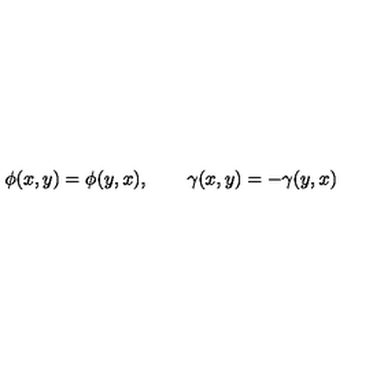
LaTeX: \phi ( x , y ) = \phi ( y , x ) , \qquad \gamma ( x , y ) = - \gamma ( y , x ) \,